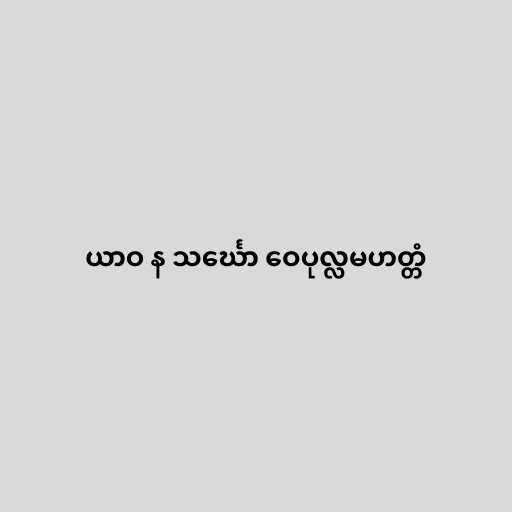
ယာဝ န သင်္ဃော ဝေပုလ္လမဟတ္တံ